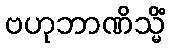
ဗဟုဘာဏိသ္မိံ